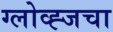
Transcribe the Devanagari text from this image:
ग्लोव्ह्जचा